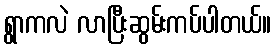
ရွာကလဲ လာပြီးဆွမ်းကပ်ပါတယ်။